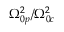
{ \Omega _ { 0 p } ^ { 2 } } / { \Omega _ { 0 c } ^ { 2 } }